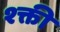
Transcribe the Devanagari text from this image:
श्क्ती